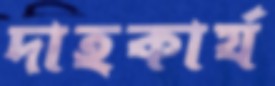
দাহকার্য